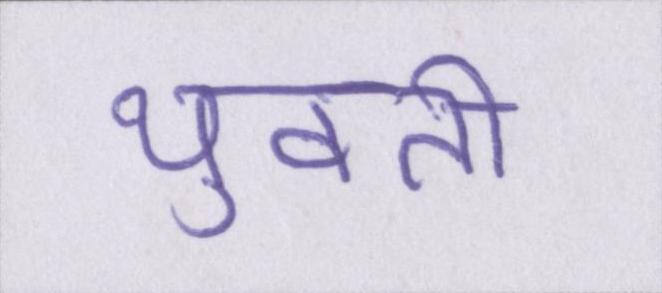
युवती